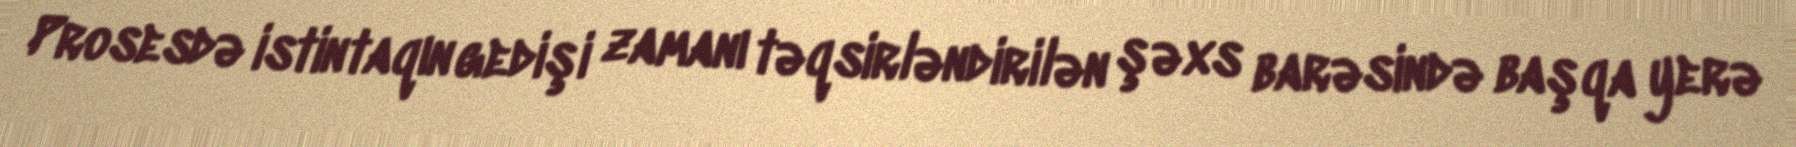
Prosesdə istintaqın gedişi zamanı təqsirləndirilən şəxs barəsində başqa yerə